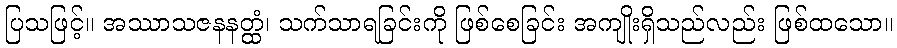
ပြသဖြင့်။ အဿာသဇနနတ္ထံ၊ သက်သာရခြင်းကို ဖြစ်စေခြင်း အကျိုးရှိသည်လည်း ဖြစ်ထသော။